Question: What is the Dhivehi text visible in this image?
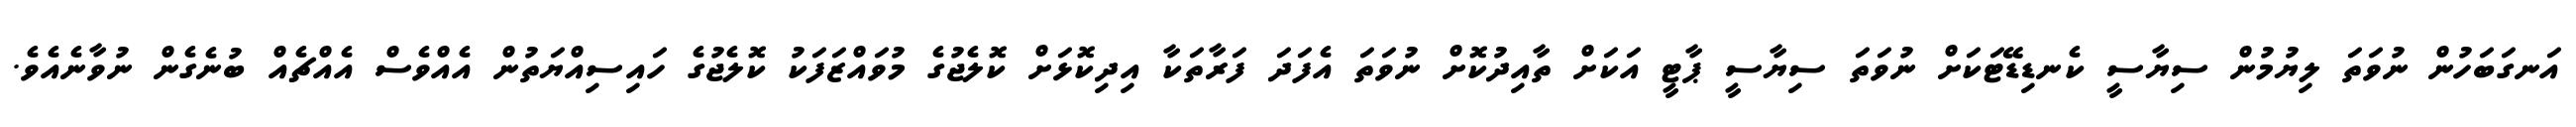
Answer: އަނގަބަހުން ނުވަތަ ލިޔުމުން ސިޔާސީ ކެނޑިޑޭޓަކަށް ނުވަތަ ސިޔާސީ ޕާޓީ އަކަށް ތާއިދުކޮށް ނުވަތަ އެފަދަ ފަރާތަކާ އިދިކޮޅަށް ކޮލެޖުގެ މުވައްޒަފަކު ކޮލެޖުގެ ހައިސިއްޔަތުން އެއްވެސް އެއްޗެއް ބުނެގެން ނުވާނެއެވެ.